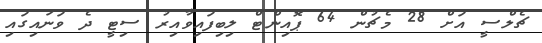
ޗެލްސީ އަށް 28 މެޗުން 64 ޕޮއިންޓް ލިބިފައިވާއިރު ސިޓީ ދެ ވަނައިގައި